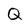
Character: Q